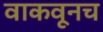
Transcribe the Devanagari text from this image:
वाकवूनच